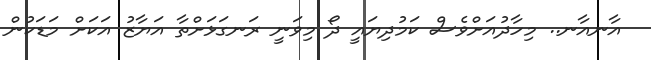
އާނއާނ.. މިހާދުއަށްވެސް ކަމުދިޔައީ ދޯ މިވަނީ ރަނގަޅަށްތާ އަޔާޒު އަކަށް މަޑަކުން